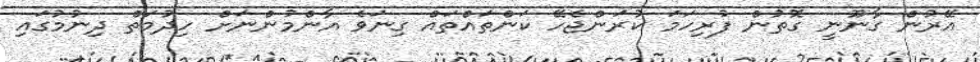
އޭރުން ގާނޫނީ ގޮތުން ފުރިހަމަ ކުރަންޖެހޭ ކަންތައްތައް ގިނަވެ އާންމުންނަށް ހިދުމަތް ދިނުމުގައި